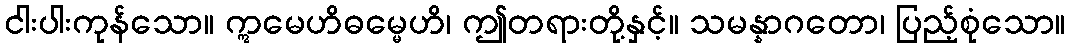
ငါးပါးကုန်သော။ ဣမေဟိဓမ္မေဟိ၊ ဤတရားတို့နှင့်။ သမန္နာဂတော၊ ပြည့်စုံသော။